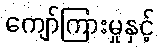
ကျော်ကြားမှုနှင့်